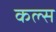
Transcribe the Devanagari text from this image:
कल्स